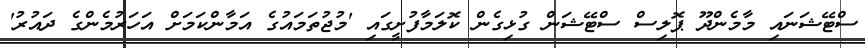
ސްޓޭޝަނައި މާމެންދޫ ޕޮލިސް ސްޓޭޝަން ގުޅިގެން ކޮލަމާފުށީގައި 'މުޖުތަމައުގެ އަމާންކަމަށް އަހަރުމެންގެ ދައުރު'